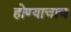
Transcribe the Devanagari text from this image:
होण्याचाच